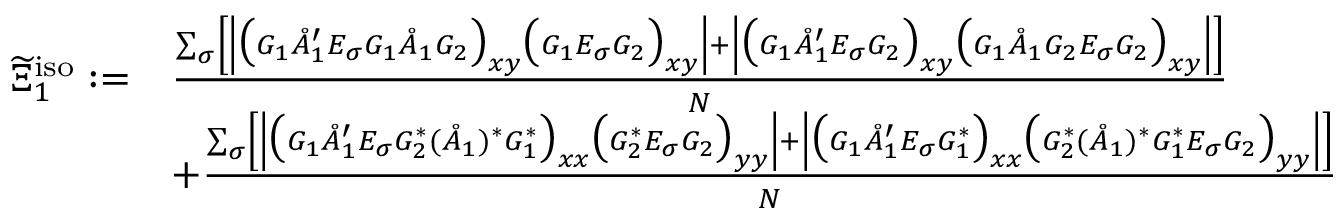
\begin{array} { r l } { \widetilde { \Xi } _ { 1 } ^ { \mathrm { i s o } } : = } & { \frac { \sum _ { \sigma } \left[ \left\vert \big ( G _ { 1 } \mathring { A } _ { 1 } ^ { \prime } E _ { \sigma } G _ { 1 } \mathring { A } _ { 1 } G _ { 2 } \big ) _ { \boldsymbol { x } \boldsymbol { y } } \big ( G _ { 1 } E _ { \sigma } G _ { 2 } \big ) _ { \boldsymbol { x } \boldsymbol { y } } \right\vert + \left\vert \big ( G _ { 1 } \mathring { A } _ { 1 } ^ { \prime } E _ { \sigma } G _ { 2 } \big ) _ { \boldsymbol { x } \boldsymbol { y } } \big ( G _ { 1 } \mathring { A } _ { 1 } G _ { 2 } E _ { \sigma } G _ { 2 } \big ) _ { \boldsymbol { x } \boldsymbol { y } } \right\vert \right] } { N } } \\ & { + \frac { \sum _ { \sigma } \left[ \left\vert \big ( G _ { 1 } \mathring { A } _ { 1 } ^ { \prime } E _ { \sigma } G _ { 2 } ^ { * } ( \mathring { A } _ { 1 } ) ^ { * } G _ { 1 } ^ { * } \big ) _ { \boldsymbol { x } \boldsymbol { x } } \big ( G _ { 2 } ^ { * } E _ { \sigma } G _ { 2 } \big ) _ { \boldsymbol { y } \boldsymbol { y } } \right\vert + \left| \big ( G _ { 1 } \mathring { A } _ { 1 } ^ { \prime } E _ { \sigma } G _ { 1 } ^ { * } \big ) _ { \boldsymbol { x } \boldsymbol { x } } \big ( G _ { 2 } ^ { * } ( \mathring { A } _ { 1 } ) ^ { * } G _ { 1 } ^ { * } E _ { \sigma } G _ { 2 } \big ) _ { \boldsymbol { y } \boldsymbol { y } } \right| \right] } { N } } \end{array}